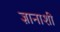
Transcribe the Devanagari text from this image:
ज्ञानाशी